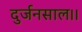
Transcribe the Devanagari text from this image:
दुर्जनसाल।।